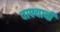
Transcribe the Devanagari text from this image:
वाफ्याची